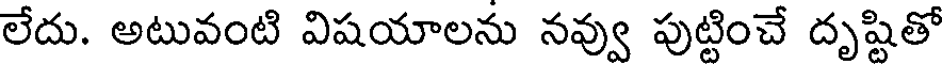
లేదు. అటువంటి విషయాలను నవ్వు పుట్టించే దృష్టితో